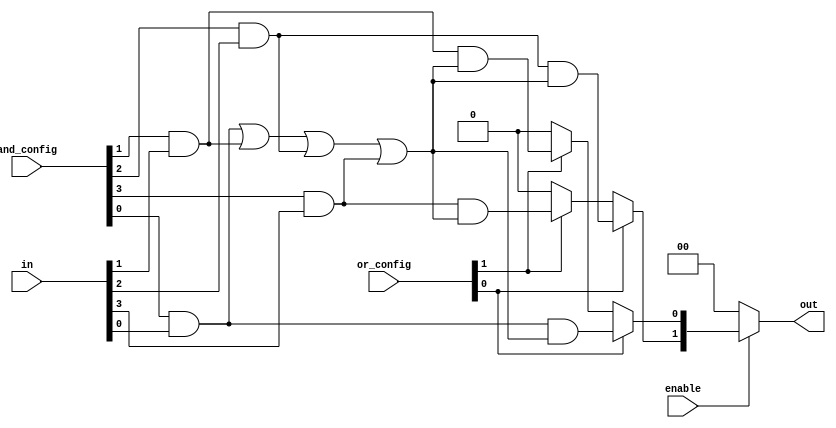
module SPAL (
    input wire [3:0] in,          // 4 input lines
    input wire [3:0] and_config,  // Configurable AND array select lines
    input wire [1:0] or_config,    // Configurable OR array select lines
    input wire enable,             // Enable signal
    output wire [1:0] out          // 2 output lines
);

    // Intermediate product terms from AND array
    wire [3:0] product_terms;

    // Generate product terms based on AND configuration
    genvar i;
    generate
        for (i = 0; i < 4; i = i + 1) begin : and_array
            // An example of a programmable AND logic implementation
            assign product_terms[i] = (and_config[i] & in[i]) & 
                                       ((and_config[0] & in[0]) | 
                                        (and_config[1] & in[1]) |
                                        (and_config[2] & in[2]) |
                                        (and_config[3] & in[3]));
        end
    endgenerate

    // Final output logic based on OR configuration
    wire [1:0] or_terms;
    assign or_terms[0] = or_config[0] ? product_terms[0] : 1'b0 |
                          or_config[1] ? product_terms[1] : 1'b0;
    assign or_terms[1] = or_config[0] ? product_terms[2] : 1'b0 |
                          or_config[1] ? product_terms[3] : 1'b0;

    // Enable/Disable control on output
    assign out = enable ? or_terms : 2'b00; // Turn off outputs when disabled

endmodule